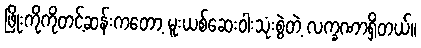
ဖြိုးကိုကိုတင့်ဆန်းကတော့ မူးယစ်ဆေးဝါးသုံးစွဲတဲ့ လက္ခဏာရှိတယ်။